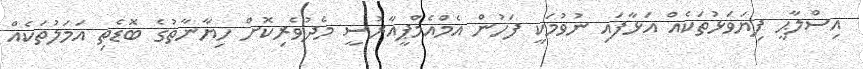
އިސްލާޙީ ފިޔަވަޅުތަކެއް އަޅާފައި ނުވުމަކީ ފަހުން އެމްއެމްޕީއާރުސީ މެދުވެރިކޮށް ހިޔާނާތުގެ ބޮޑެތި އަމަލުތަކެއް